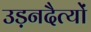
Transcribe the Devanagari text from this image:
उड़नदैत्यों